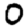
Digit: 0